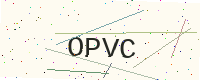
Text: OPVC